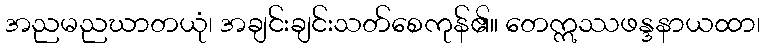
အညမညဃာတယုံ၊ အချင်းချင်းသတ်စေကုန်၏။ တေဣဿဖန္ဒနာယထာ၊